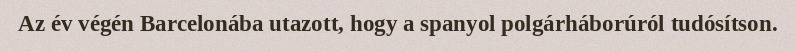
Az év végén Barcelonába utazott, hogy a spanyol polgárháborúról tudósítson.